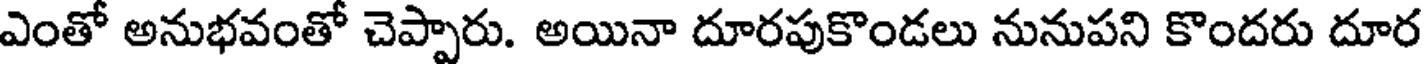
ఎంతో అనుభవంతో చెప్పారు. అయినా దూరపుకొండలు నునుపని కొందరు దూర